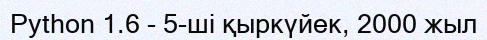
Python 1.6 - 5-ші қыркүйек, 2000 жыл